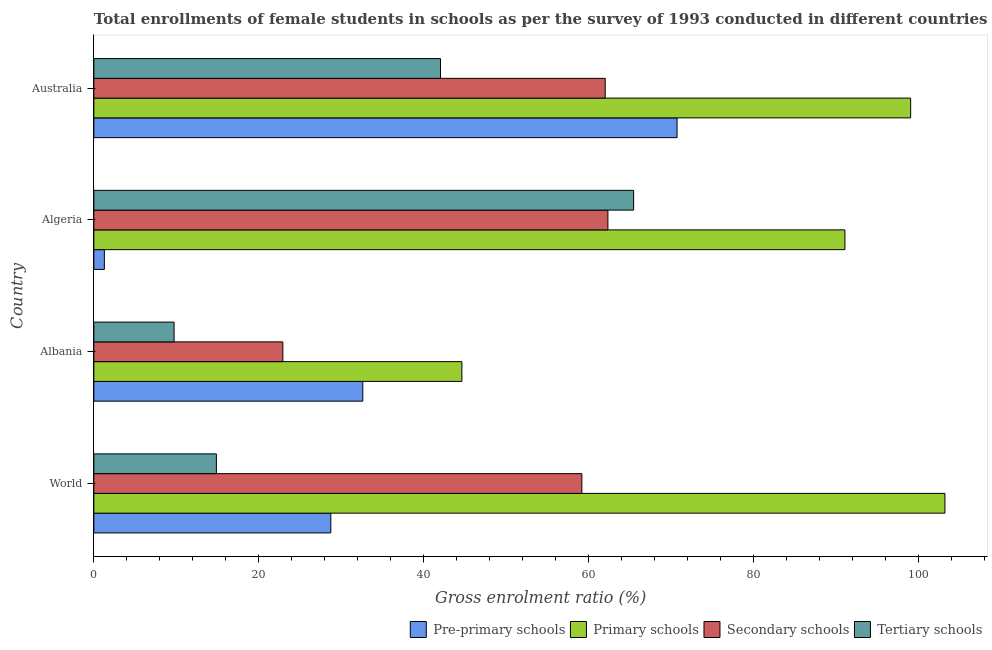
| Country | Pre-primary schools | Primary schools | Secondary schools | Tertiary schools |
 | --- | --- | --- | --- | --- |
 | World | 28.7 | 103 | 59.2 | 14.9 |
 | Albania | 32.6 | 44.6 | 22.9 | 9.73 |
 | Algeria | 1.28 | 91.1 | 62.3 | 65.4 |
 | Australia | 70.7 | 99 | 62 | 42 |